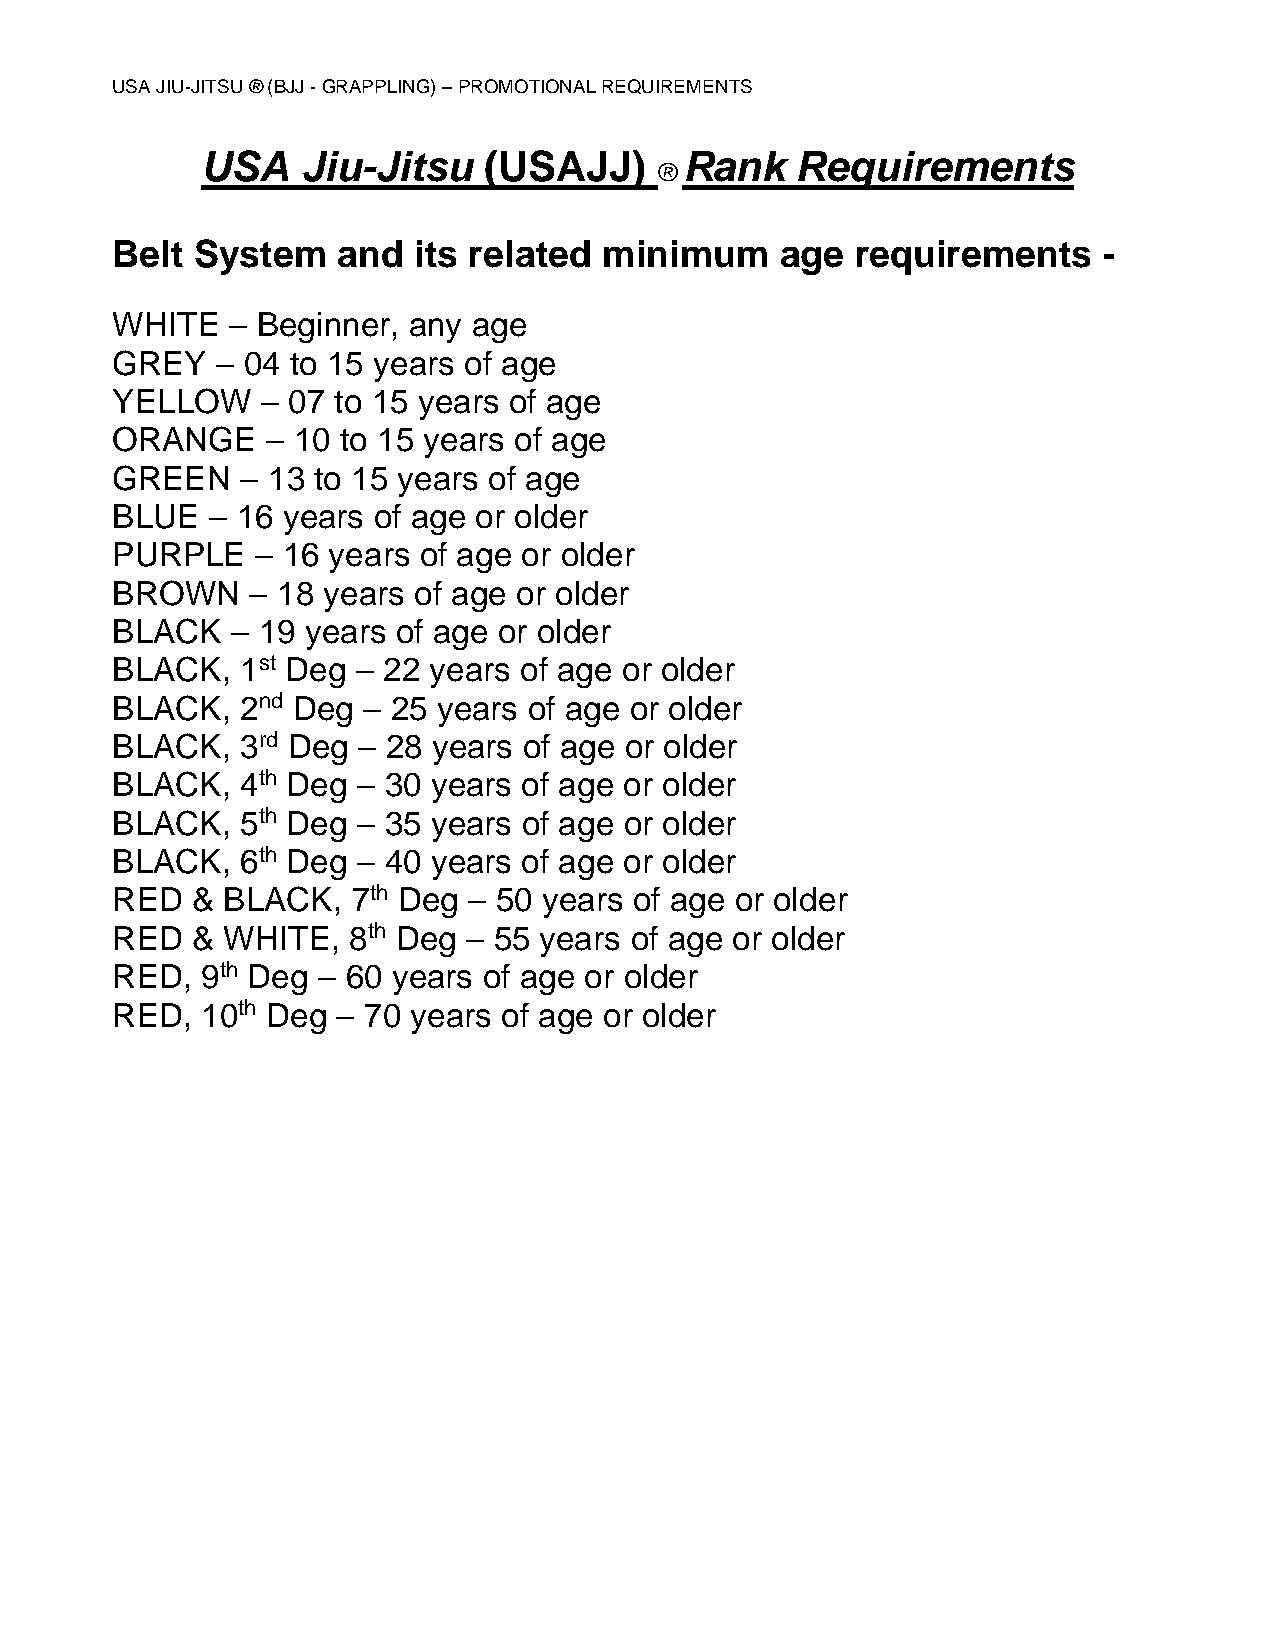
USA JIU-JITSU ® (BJJ - GRAPPLING) – PROMOTIONAL REQUIREMENTS
 USA    Jiu-Jitsu   (USAJJ)      Rank    Requirements
 ®
 Belt  System   and  its related  minimum     age  requirements    -
 WHITE   – Beginner, any age
 GREY   – 04 to 15 years of age
 YELLOW    – 07 to 15 years of age
 ORANGE     – 10 to 15 years of age
 GREEN    – 13 to 15 years of age
 BLUE   – 16 years of age or older
 PURPLE    – 16 years of age or older
 BROWN     – 18 years of age or older
 BLACK   – 19 years of age or older
 BLACK,   1st Deg – 22 years of age or older
 BLACK,   2nd Deg – 25 years of age or older
 BLACK,   3rd Deg – 28 years of age or older
 BLACK,   4th Deg – 30 years of age or older
 BLACK,   5th Deg – 35 years of age or older
 BLACK,   6th Deg – 40 years of age or older
 RED   & BLACK,  7th Deg – 50 years of age or older
 RED   & WHITE,  8th Deg – 55 years of age or older
 RED,  9th Deg – 60 years of age or older
 RED,  10th Deg – 70 years of age or older